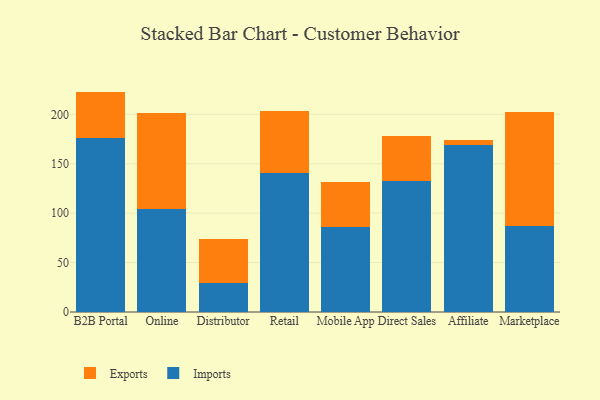
{"axis": {"x": "Channel", "y": "Temperature (°C)"}, "legend": ["Exports", "Imports"], "data": [{"x": "B2B Portal", "y": 175.6, "type": "Imports"}, {"x": "B2B Portal", "y": 47.4, "type": "Exports"}, {"x": "Online", "y": 104.2, "type": "Imports"}, {"x": "Online", "y": 97.0, "type": "Exports"}, {"x": "Distributor", "y": 29.2, "type": "Imports"}, {"x": "Distributor", "y": 44.7, "type": "Exports"}, {"x": "Retail", "y": 140.2, "type": "Imports"}, {"x": "Retail", "y": 63.1, "type": "Exports"}, {"x": "Mobile App", "y": 86.3, "type": "Imports"}, {"x": "Mobile App", "y": 45.7, "type": "Exports"}, {"x": "Direct Sales", "y": 132.6, "type": "Imports"}, {"x": "Direct Sales", "y": 45.8, "type": "Exports"}, {"x": "Affiliate", "y": 168.7, "type": "Imports"}, {"x": "Affiliate", "y": 5.6, "type": "Exports"}, {"x": "Marketplace", "y": 86.8, "type": "Imports"}, {"x": "Marketplace", "y": 115.4, "type": "Exports"}]}